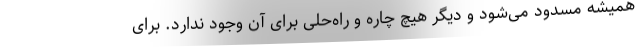
همیشه مسدود می‌شود و دیگر هیچ چاره و راه‌حلی برای آن وجود ندارد. برای